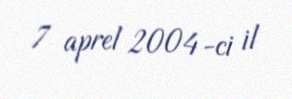
7 aprel 2004-ci il